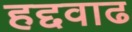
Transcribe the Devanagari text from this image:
हद्दवाढ